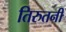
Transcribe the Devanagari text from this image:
तिरुतनी